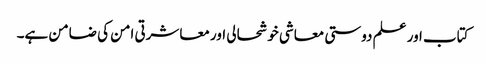
کتاب اور علم دوستی معاشی خوشحالی اور معاشرتی امن کی ضامن ہے۔